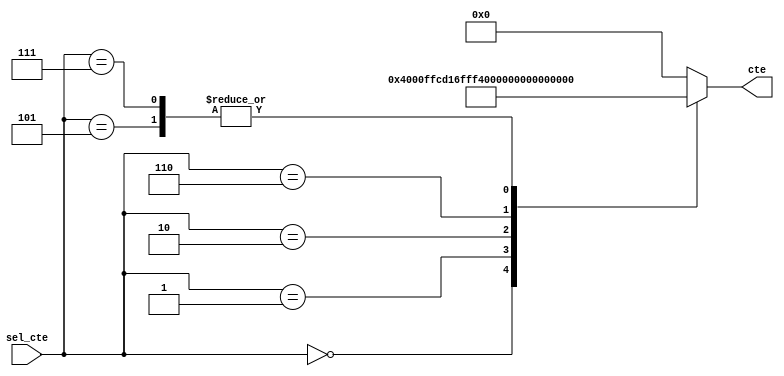
`timescale 1ns / 1ps
//////////////////////////////////////////////////////////////////////////////////
// Company: 
// Engineer: 
// 
// Design Name: 
// Module Name:    ctes_20k 
// Project Name: 
// Target Devices: 
// Tool versions: 
// Description: 
//
// Dependencies: 
//
// Revision: 
// Revision 0.01 - File Created
// Additional Comments: 
//
//////////////////////////////////////////////////////////////////////////////////
module ctes_pasobajo20k#(parameter cant_bits = 25)(
					input wire [3:0] sel_cte,
					output reg [cant_bits-1:0] cte
    );

always @ *
		case(sel_cte)
			4'b0000:	cte = 25'h4000;
			4'b0001:	cte = 25'h1FF9A2D;
			4'b0010:	cte = 25'h1FFD5A7;
			4'b0101:	cte = 25'h340B;
			4'b0110:	cte = 25'h6810;
			4'b0111:	cte = 25'h340B;
			default: cte = 25'h0;
		endcase
endmodule